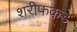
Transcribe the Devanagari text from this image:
शरीफकडे